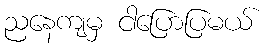
ညနေကျမှ ငါပြောပြမယ်